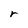
Character: r